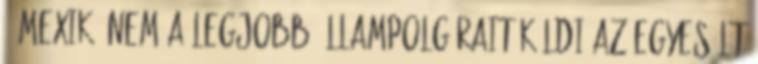
- Mexikó nem a legjobb állampolgárait küldi az Egyesült